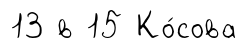
13 в 15 Ко́сова